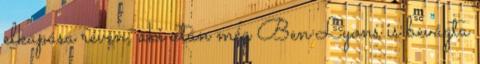
elkapása révén, aki után még Ben Lyons is bevágta